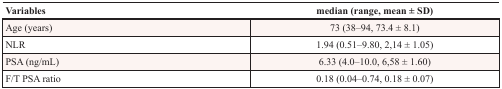
<table><thead><tr><td><b>Variables</b></td><td><b>median (range, mean ± SD)</b></td></tr></thead><tbody><tr><td>Age (years)</td><td>73 (38–94, 73.4 ± 8.1)</td></tr><tr><td>NLR</td><td>1.94 (0.51–9.80, 2,14 ± 1.05)</td></tr><tr><td>PSA (ng/mL)</td><td>6.33 (4.0–10.0, 6,58 ± 1.60)</td></tr><tr><td>F/T PSA ratio</td><td>0.18 (0.04–0.74, 0.18 ± 0.07)</td></tr></tbody></table>